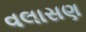
વલાસણ